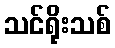
သင်ရိုးသစ်